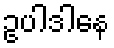
ဥပါဒါနေ